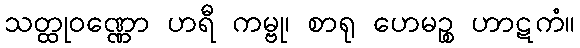
သတ္ထုဝဏ္ဏော ဟရီ ကမ္ဗု၊ စာရု ဟေမဉ္စ ဟာဋကံ။